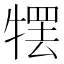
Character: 𰠹